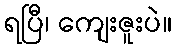
ရပြီ၊ ကျေးဇူးပဲ။